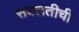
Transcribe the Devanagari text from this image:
सवलतीची